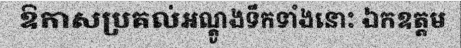
ឱកាសប្រគល់អណ្តូងទឹកទាំងនោះ ឯកឧត្តម